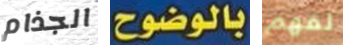
الجذام بالوضوح لفهم